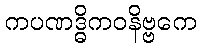
ကပဏဒ္ဓိကဝနိဗ္ဗကေ